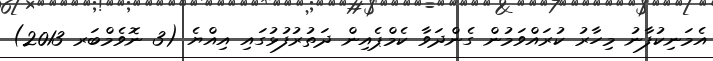
އެމަނިކުފާނު މިހާރު ކުރައްވަމުން ގެންދަވާ ކެމްޕެއިން ދަތުރުފުޅުގައި އިއްޔެ (3 ނޮވެމްބަރ 2013)